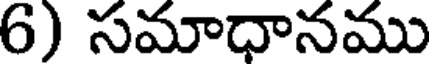
6) సమాధానము